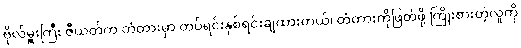
ဗိုလ်မှူးကြီး ဇီယတ်က တံတားမှာ တပ်ရင်းနှစ်ရင်းချထားတယ်၊ တံတားကိုဖြတ်ဖို့ ကြိုးစားတဲ့လူကို